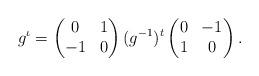
LaTeX: \begin{align*} g^\iota = \begin{pmatrix} 0&1\\-1&0\end{pmatrix} (g^{-1})^t \begin{pmatrix}0&-1\\1&0\end{pmatrix}.\end{align*}